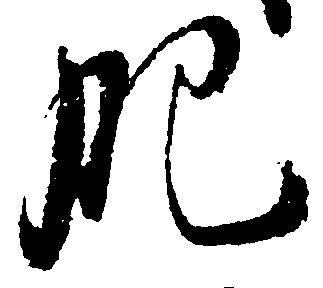
肥